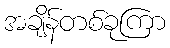
အချိန်တစ်ခုကြာ